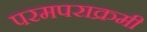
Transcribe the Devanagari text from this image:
परमपराक्रमी